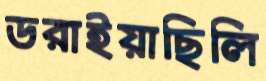
ডরাইয়াছিলি